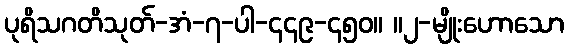
ပုရိသဂတိသုတ်-အံ-၇-ပါ-၄၄၉-၄၅၀။ ။၂-မျိုးဟောသော